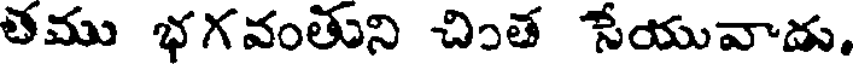
తము భగవంతుని చింత సేయువాడు.